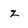
Character: z